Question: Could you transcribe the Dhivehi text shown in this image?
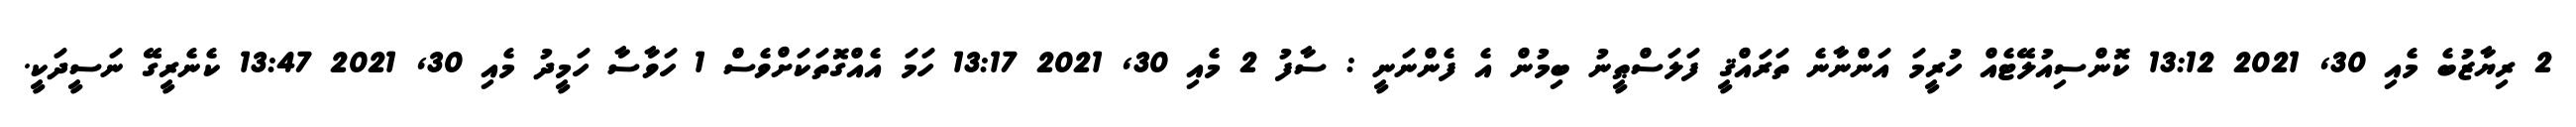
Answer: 2 ރިޔާޒުބެ މެއި 30, 2021 13:12 ކޮންސިއުލޭޓެއް ހުރީމަ އަންނާނެ ތަރައްޤީ ފަލަސްޠީނު ބިމުން އެ ފެންނަނީ : ސާފު 2 މެއި 30, 2021 13:17 ހަމަ އެއްގޮތަކަށްވެސް 1 ހަވާސާ ހަމީދު މެއި 30, 2021 13:47 ކެނެރީގޭ ނަސީދަކީ.